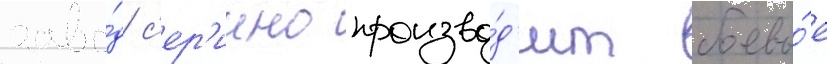
заво́д с'ер'иино произво́д'ит боевы́е